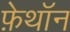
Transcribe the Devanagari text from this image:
फ़ेथॉन